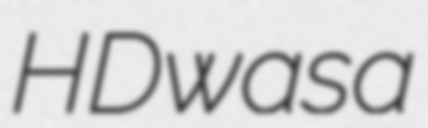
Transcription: HD was a